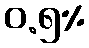
ဝ.၅%